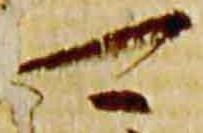
可